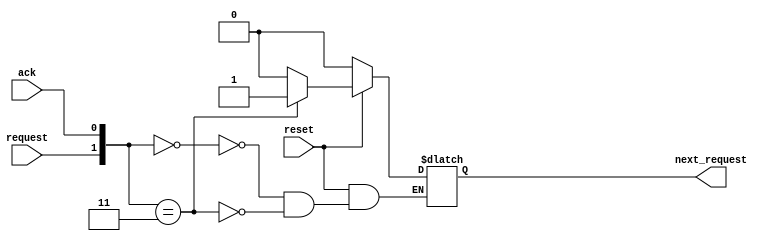
`timescale 1ns/10ps
module muller_C(request,ack,next_request,reset);

input request,ack,reset;
output next_request;

wire reset;
wire request,ack;
reg next_request;

always@ (*)
  begin
    if(~reset)
      next_request <= 0;
    else
      begin
        case({request,ack})
            2'b00: begin #5 next_request <= 0; end
            2'b11: begin #5 next_request <= 1; end
        endcase
      end
  end
endmodule